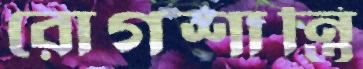
রোগশান্তি